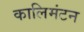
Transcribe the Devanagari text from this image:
कालिमंटन